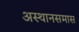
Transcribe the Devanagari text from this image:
अस्थानसमास